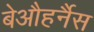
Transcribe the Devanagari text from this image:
बेऔहर्नैस